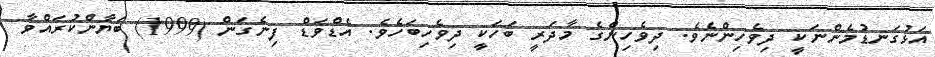
އަޅުގަނޑުމެންނަކީ ދިވެހިންނެވެ. ދިވެހިންގެ މާދަރީ ބަހަކީ ދިވެހިބަހެވެ. އެޑްވަޑް ފިނެގަން (1999) ބަޔާންކުރައްވާ